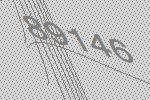
89146